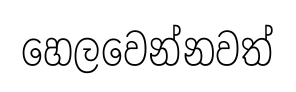
හෙලවෙන්නවත්